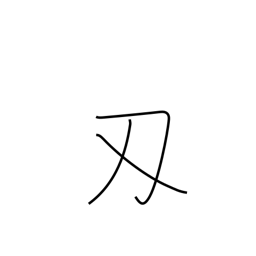
Meaning: sword